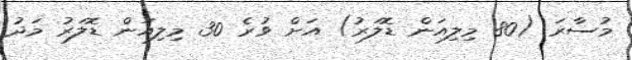
މުސާރަ (80 މިލިއަން ޑޮލަރު) އަށް ވުރެ 30 މިލިއަން ޑޮލަރު މަދު